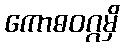
ကောဓဝဂ္ဂမှိ